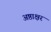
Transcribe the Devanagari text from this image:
अष्ठाक्षर